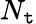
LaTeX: N_{\mathtt{t}}